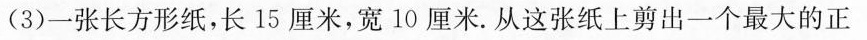
（3）一张长方形纸，长15厘米，宽10厘米.从这张纸上剪出一个最大的正